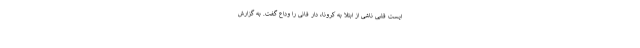
ایست قلبی ناشی از ابتلا به کرونا، دار فانی را وداع گفت. به گزارش